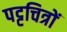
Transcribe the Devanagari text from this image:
पट्टचित्रों